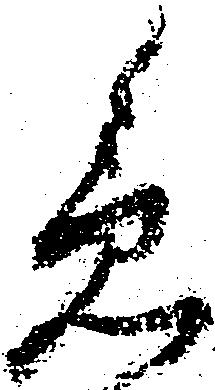
急